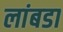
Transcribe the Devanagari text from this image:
लांबडा